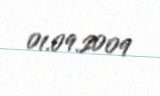
01.09.2009